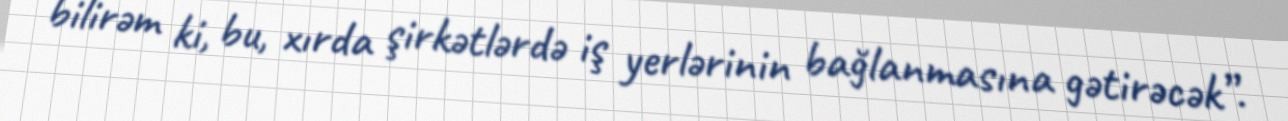
bilirəm ki, bu, xırda şirkətlərdə iş yerlərinin bağlanmasına gətirəcək”.